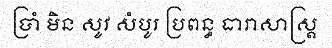
ប្រាំ មិន សូវ សំបូរ ប្រពន្ធ ធារាសាស្ត្រ